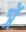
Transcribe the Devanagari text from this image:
ञें